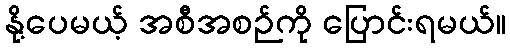
နို့ပေမယ့် အစီအစဉ်ကို ပြောင်းရမယ်။